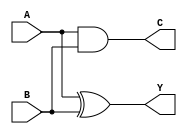
module HALF_ADDER(Y,C,A,B);
output Y,C;
input A,B;

xor xor1(Y,A,B);
and and1(C,A,B);

endmodule